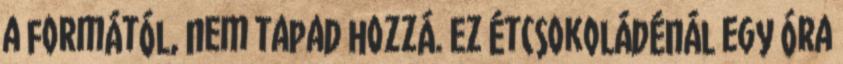
a formától, nem tapad hozzá. Ez étcsokoládénál egy óra